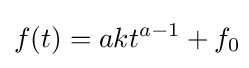
f(t)=akt^{a-1}+f_{0}\!